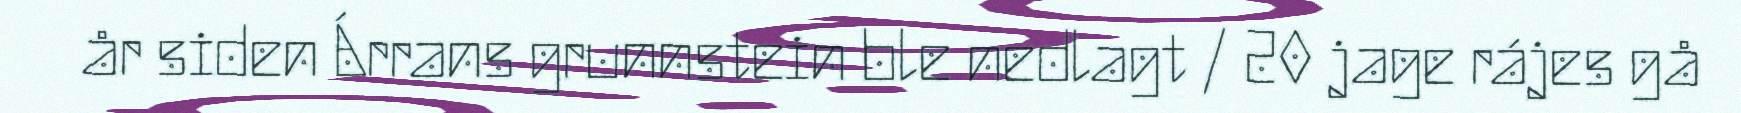
år siden Árrans grunnstein ble nedlagt / 20 jage rájes gå